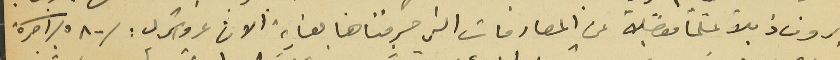
ترون ذيلاً علمًا مفصلاً عن المصارفات التي صرفناها لغاية الان غروش ل : /٥٨٠٠/ آجرة